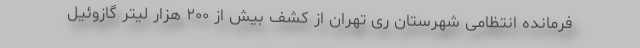
فرمانده انتظامی شهرستان ری تهران از کشف بیش از ۲۰۰ هزار لیتر گازوئیل